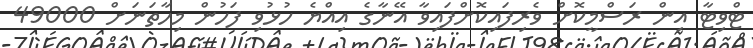
ޓްވިޓާ އިން ރަސްމީކޮށް ވެރިފައިކޮށްފައިވާ އޭނާގެ އިއްޔެ ހުޅުވި ފަހުން މިހާތަނަށް 49000